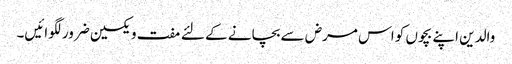
والدین اپنے بچوں کو اس مرض سے بچانے کے لئے مفت ویکسین ضرور لگوائیں۔